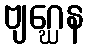
ဗျဂ္ဃေန